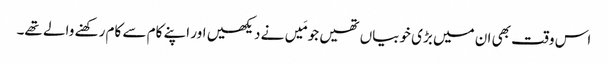
اس وقت بھی ان میں بڑی خوبیاں تھیں جو مَیں نے دیکھیں اور اپنے کام سے کام رکھنے والے تھے۔